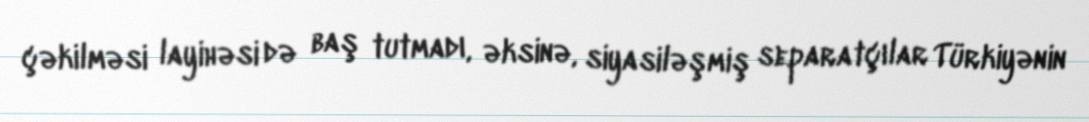
çəkilməsi layihəsi də baş tutmadı, əksinə, siyasiləşmiş separatçılar Türkiyənin